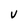
Character: V